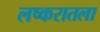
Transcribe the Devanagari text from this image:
लष्करातला